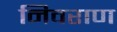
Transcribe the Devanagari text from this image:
निवराण